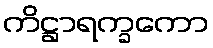
ကိဋ္ဌာရက္ခကော